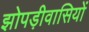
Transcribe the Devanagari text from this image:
झोपड़ीवासियों